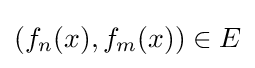
(f_{n}(x),f_{m}(x))\in E